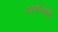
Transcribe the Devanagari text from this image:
पाठशालारोही